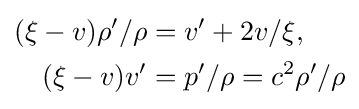
{\begin{aligned}(\xi -v)\rho '/\rho &=v'+2v/\xi ,\\(\xi -v)v'&=p'/\rho =c^{2}\rho '/\rho \end{aligned}}